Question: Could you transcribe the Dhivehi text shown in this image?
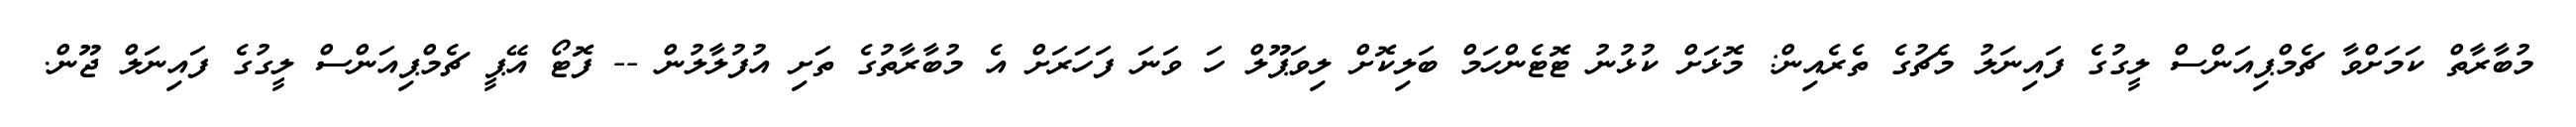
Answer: މުބާރާތް ކަމަށްވާ ޗެމްޕިއަންސް ލީގުގެ ފައިނަލު މެޗުގެ ތެރެއިން: މޮޅަށް ކުޅުނު ޓޮޓެންހަމް ބަލިކޮށް ލިވަޕޫލް ހަ ވަނަ ފަހަރަށް އެ މުބާރާތުގެ ތަށި އުފުލާލުން -- ފޮޓޯ އޭޕީ ޗެމްޕިއަންސް ލީގުގެ ފައިނަލް ޖޫން.